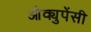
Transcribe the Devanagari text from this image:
औक्युपेंसी